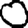
Digit: 0